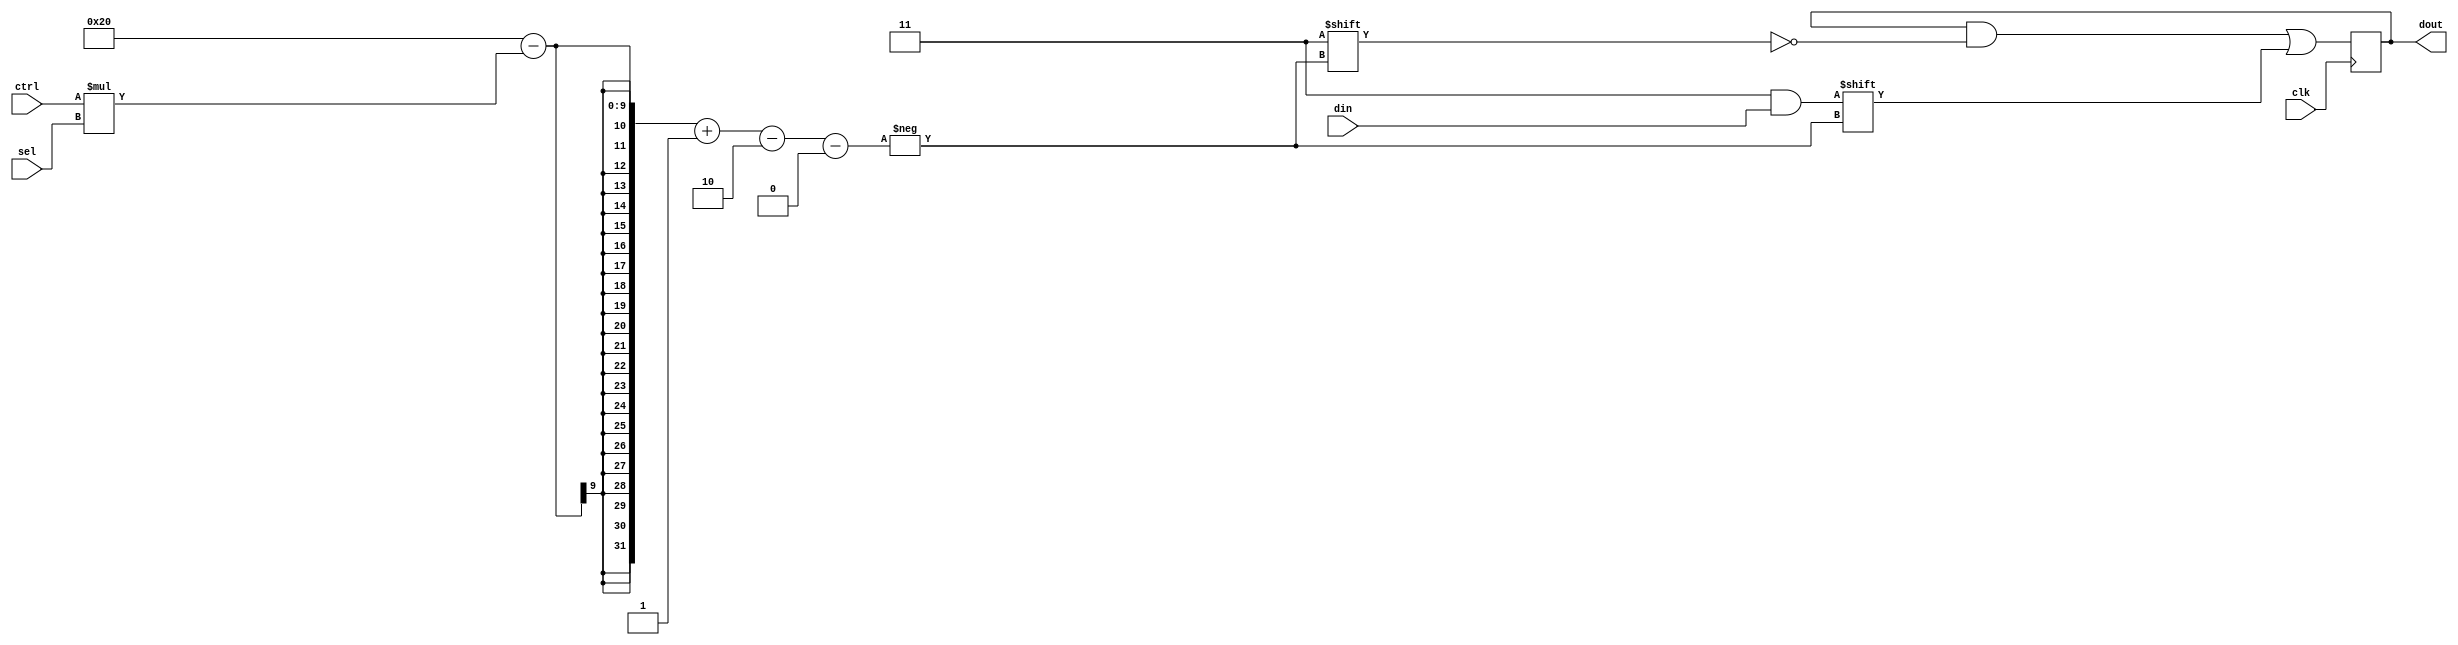
`default_nettype none
module reversed #(parameter WIDTH=32, SELW=4, CTRLW=$clog2(WIDTH), DINW=2**SELW)
   (input wire             clk,
    input wire [CTRLW-1:0] ctrl,
    input wire [DINW-1:0]  din,
    input wire [SELW-1:0]  sel,
    output reg [WIDTH-1:0] dout);
   
   localparam SLICE = WIDTH/(SELW**2);
   always @(posedge clk) begin
      dout[(WIDTH-ctrl*sel)-:SLICE] <= din;
   end
endmodule